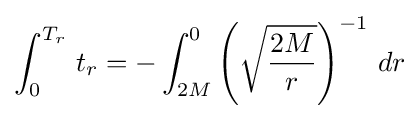
\int _{0}^{T_{r}}\,t_{r}=-\int _{2M}^{0}\left({\sqrt {\frac {2M}{r}}}\right)^{-1}\,dr